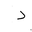
Letter: _dal